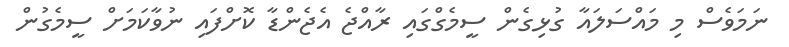
ނަމަވެސް މި މައްސަލައާ ގުޅިގެން ސީމެގްގައި ރާއްޖެ އެޖެންޑާ ކޮށްފައި ނުވާކަމަށް ސީމެގުން